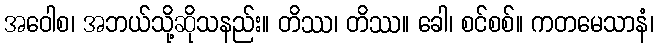
အဝေါစ၊ အဘယ်သို့ဆိုသနည်း။ တိဿ၊ တိဿ။ ခေါ၊ စင်စစ်။ ကတမေသာနံ၊